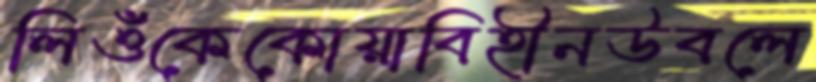
লিওঁকেকোয়াবিহীনউবলে